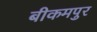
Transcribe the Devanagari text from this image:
बीकमपुर